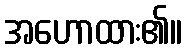
အဟောထား၏။